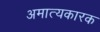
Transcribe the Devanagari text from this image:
अमात्यकारक